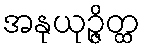
အနုယုဉ္ဇိတ္ထ